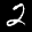
Digit: 2